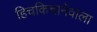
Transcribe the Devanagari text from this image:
हिचकिचानेवाला